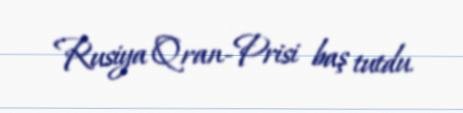
Rusiya Qran-Prisi baş tutdu.